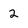
Character: 2